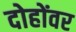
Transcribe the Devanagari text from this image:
दोहोंवर